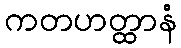
ကတဟတ္ထာနံ